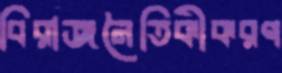
বিরাজনৈতিকীকরণ